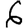
Digit: 6